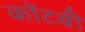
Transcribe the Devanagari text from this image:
कोंटबी